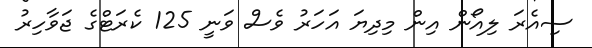
ސިއެރަ ލިއޯން އިން މިދިޔަ އަހަރު ވެސް ވަނީ 125 ކެރަޓްގެ ޖަވާހިރު